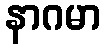
နာဂမာ